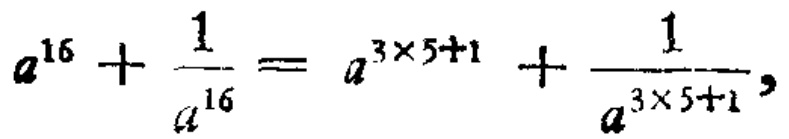
\(a^{16}+\frac{1}{a^{16}} = a^{3\times5 + 1}+\frac{1}{a^{3\times5+1}},\)